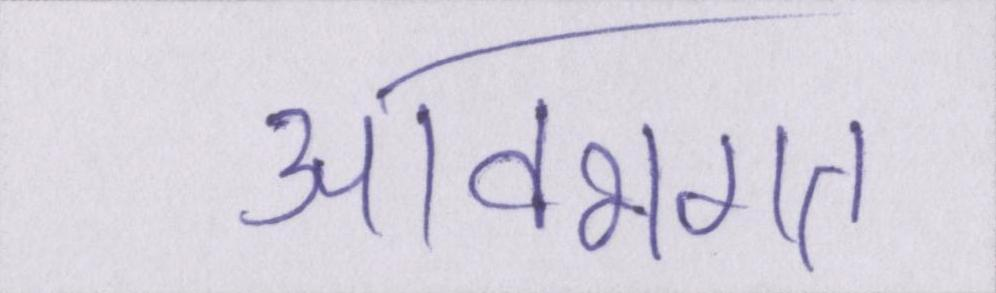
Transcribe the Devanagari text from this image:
आवभगत